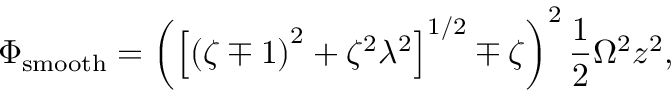
\Phi _ { \mathrm { s m o o t h } } = \left( \left[ \left( \zeta \mp 1 \right) ^ { 2 } + \zeta ^ { 2 } \lambda ^ { 2 } \right] ^ { 1 / 2 } \mp \zeta \right) ^ { 2 } \frac { 1 } { 2 } \Omega ^ { 2 } z ^ { 2 } ,